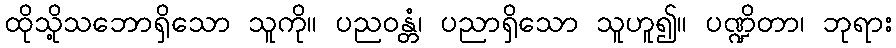
ထိုသို့သဘောရှိသော သူကို။ ပညဝန္တံ၊ ပညာရှိသော သူဟူ၍။ ပဏ္ဍိတာ၊ ဘုရား